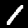
Label: 1